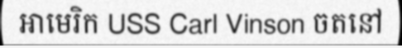
អាមេរិក USS Carl Vinson ចតនៅ